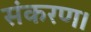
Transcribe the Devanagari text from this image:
संकरण।